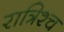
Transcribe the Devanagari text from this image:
रात्रिश्च